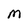
Character: M